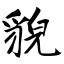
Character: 貌